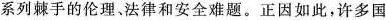
系列棘手的伦理、法律和安全难题。正因如此，许多国